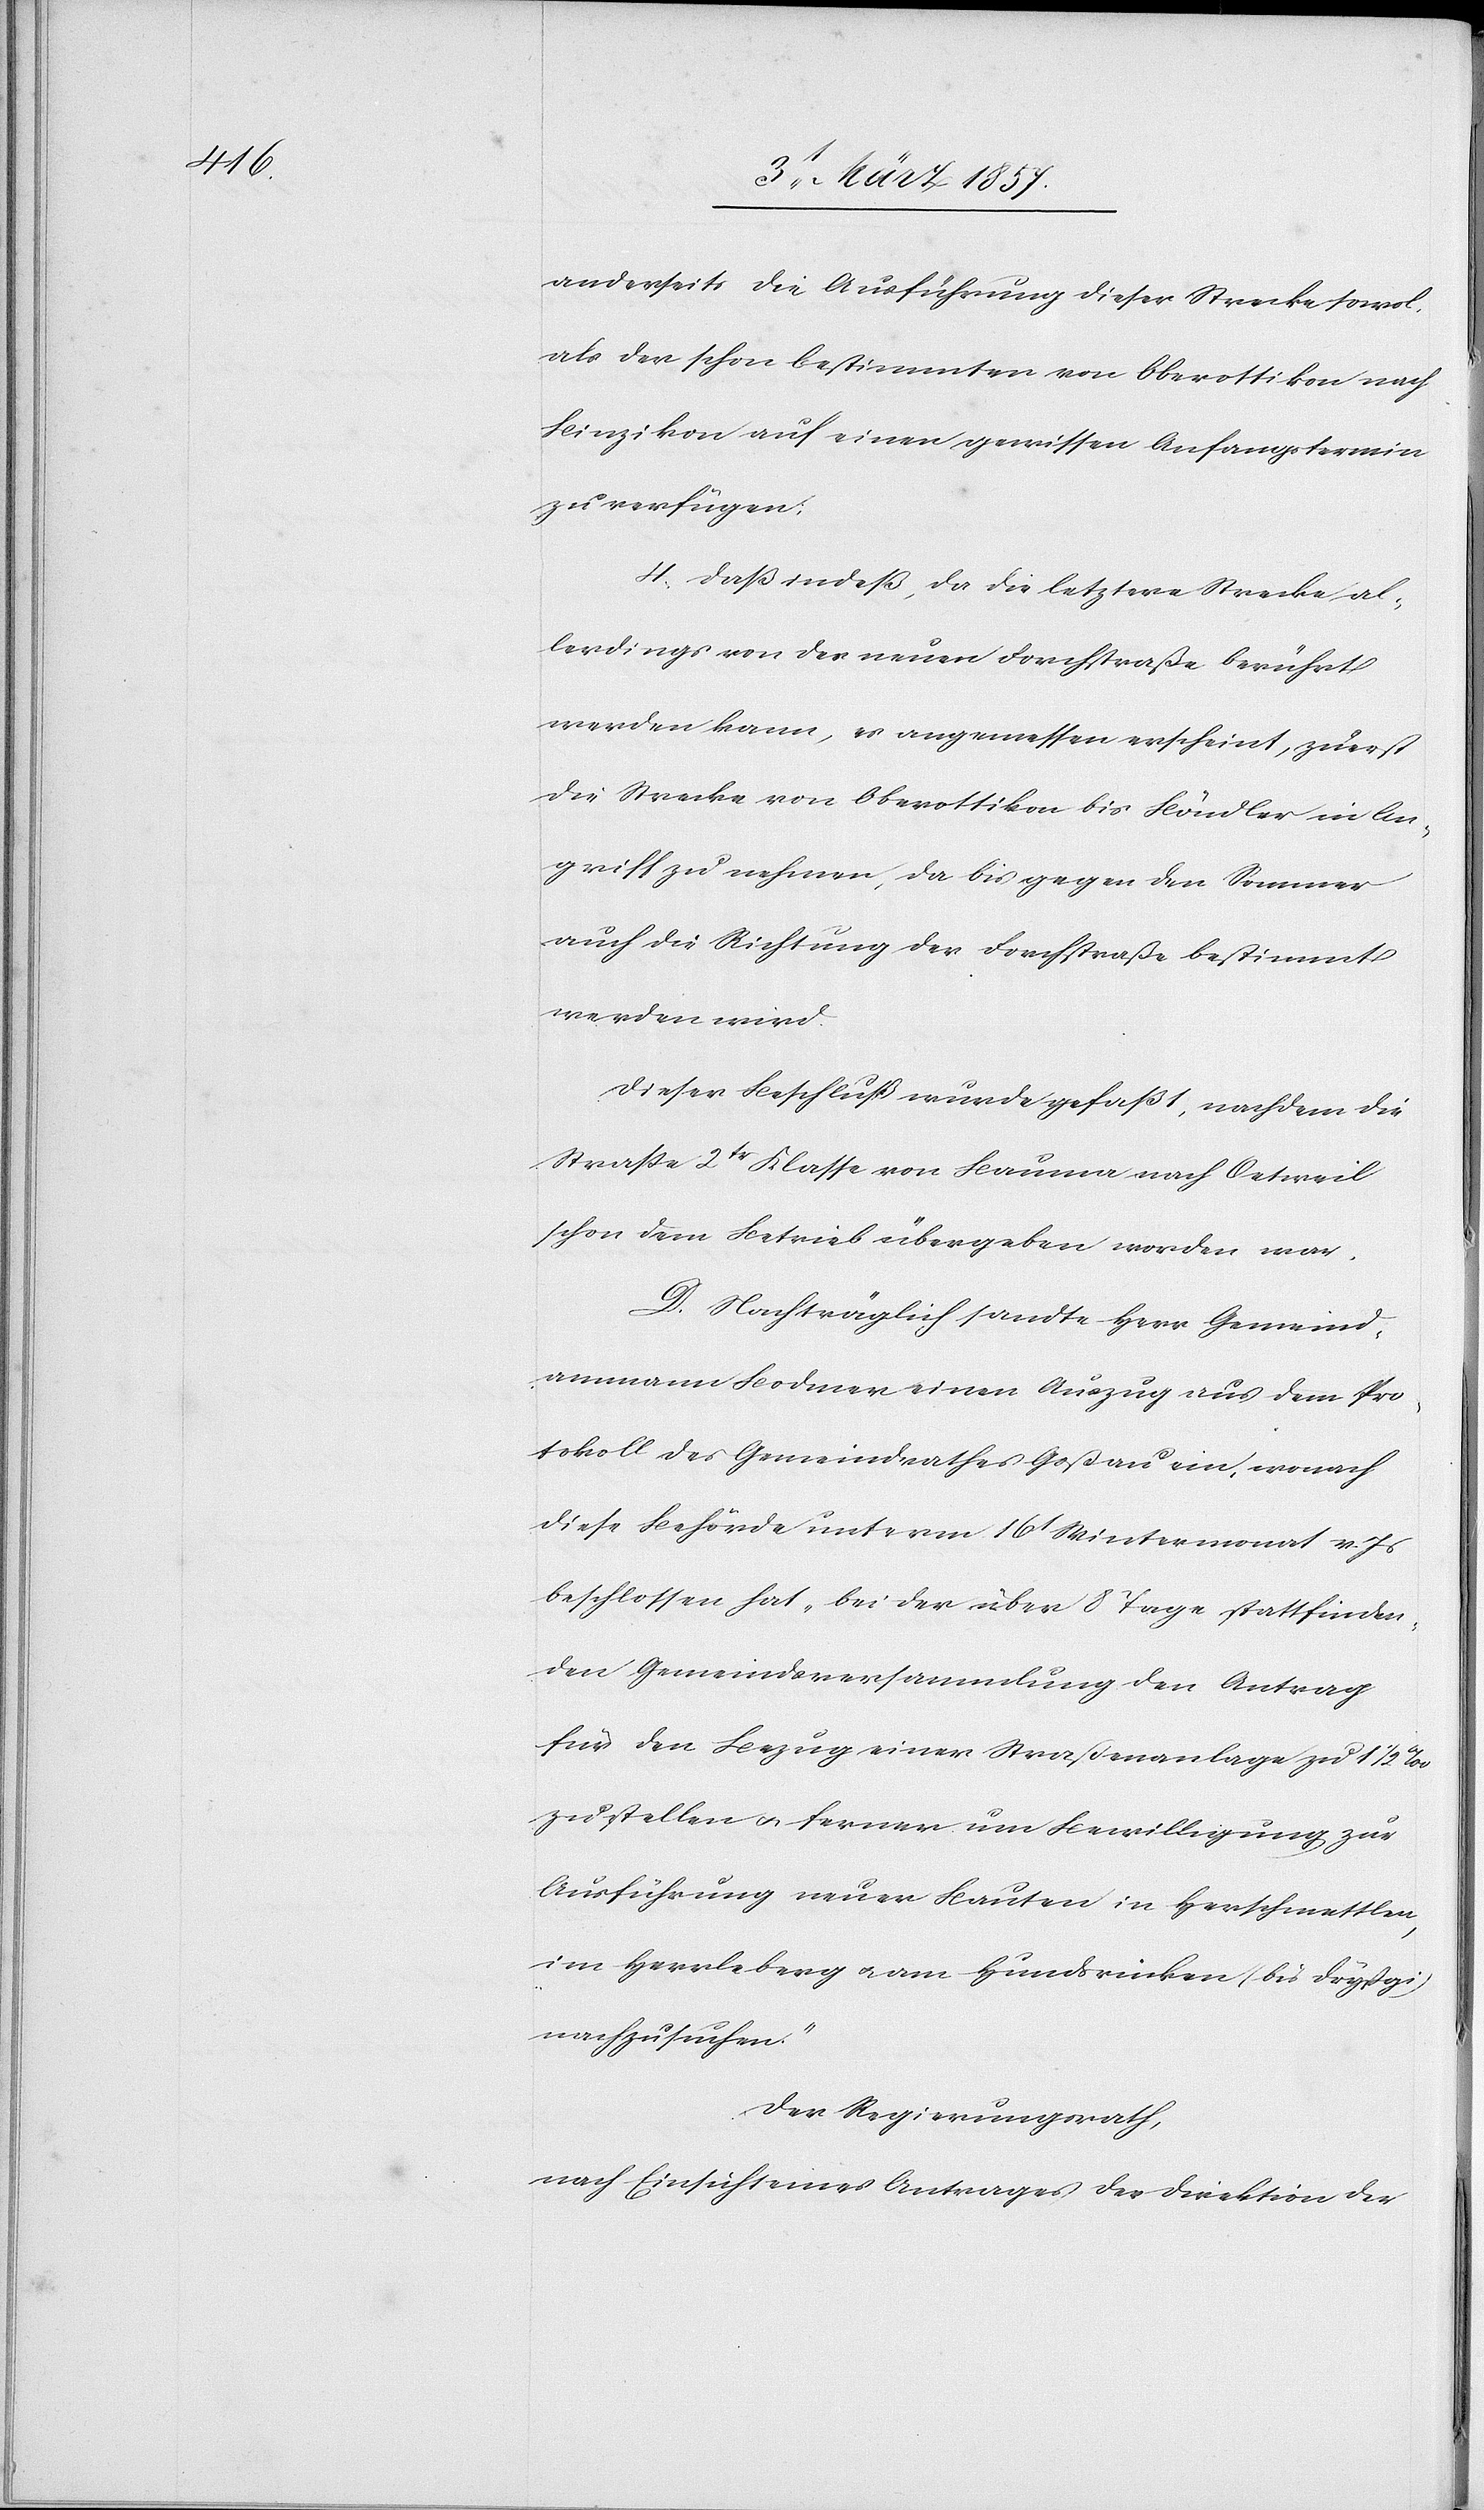
anderseits die Ausführung dieser Strecke sowol,
als den schon bestimmten von Oberottikon nach
Binzikon auf einen gewissen Anfangstermin
zu verfügen;
4. Daß indeß, da die letztere Strecke al¬
lerdings von der neuen Forchstraße berührt
werden kann, es angemessen erscheint, zuerst
die Strecke von Oberottikon bis Böndler in An¬
griff zu nehmen, da bis gegen den Sommer
auch die Richtung der Forchstraße bestimmt
werden wird.
Dieser Beschluß wurde gefaßt, nachdem die
Straße 2tr Klasse von Bauma nach Oetweil
schon dem Betrieb übergeben worden war.
D. Nachträglich sandte Herr Gemeind¬
ammann Bodmer einen Auszug aus dem Pro¬
tokoll des Gemeindrathes Goßau ein, wonach
diese Behörde unterm 16t Wintermonat v. Js
beschlossen hat, bei der über 8 Tage stattfinden¬
den Gemeindsversammlung den Antrag
für den Bezug einer Straßenanlage zu 1 ½ ‰
zu stellen u. ferner um Bewilligung zur
Ausführung neuer Bauten in Herschmettlen,
im Herrleberg u. am Hundsrücken (bei Dryßgi)
nachzusuchen“
Der Regierungsrath,
nach Einsicht eines Antrages der Direktion der